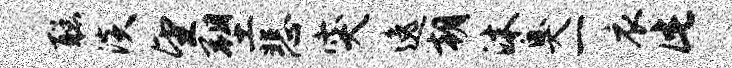
聪淡望塑悲突逸朝沐臭一衣此